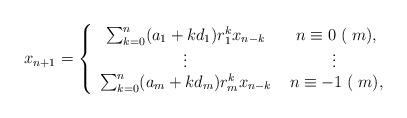
LaTeX: \begin{align*}x_{n+1} = \left\{\begin{array}{cc}\sum_{k=0}^n(a_1+kd_1)r_1^kx_{n-k} &\; n\equiv0 \;(\; m),\\\vdots&\vdots\\\sum_{k=0}^n(a_m+kd_m)r_m^kx_{n-k}&\; n\equiv -1 \;(\; m),\end{array}\right.\end{align*}